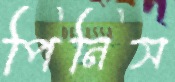
পিনিস